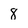
Character: 8